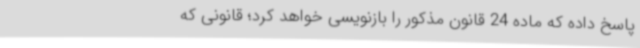
پاسخ داده که ماده 24 قانون مذکور را بازنویسی خواهد کرد؛ قانونی که